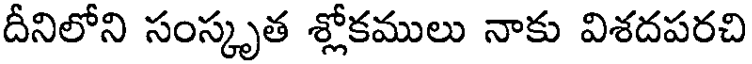
దీనిలోని సంస్కృత శ్లోకములు నాకు విశదపరచి